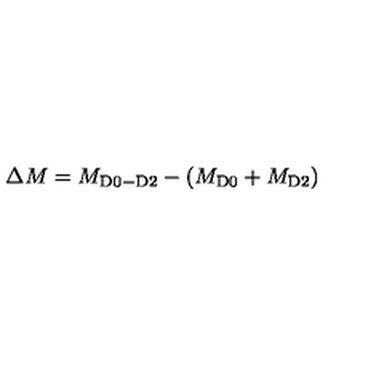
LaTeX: \Delta M = M _ { \mathrm { \scriptsize { D 0 - D 2 } } } - ( M _ { \mathrm { \scriptsize { D 0 } } } + M _ { \mathrm { \scriptsize { D 2 } } } )